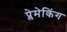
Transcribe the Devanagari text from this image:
प्लेमेकिंग